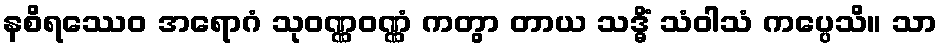
နစိရဿေဝ အရောဂံ သုဝဏ္ဏဝဏ္ဏံ ကတွာ တာယ သဒ္ဓိံ သံဝါသံ ကပ္ပေသိ။ သာ